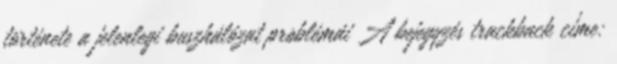
története a jelenlegi buszhálózat problémái A bejegyzés trackback címe: